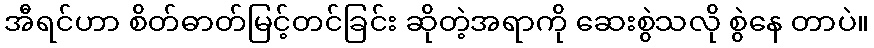
အီရင်ဟာ စိတ်ဓာတ်မြင့်တင်ခြင်း ဆိုတဲ့အရာကို ဆေးစွဲသလို စွဲနေ တာပဲ။